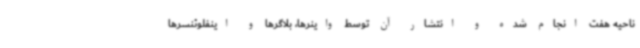
ناحیه هفت انجام شده و انتشار آن توسط واینرها، بلاگرها و اینفلوئنسرها